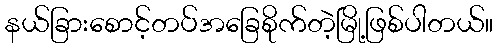
နယ်ခြားစောင့်တပ်အခြေစိုက်တဲ့မြို့ဖြစ်ပါတယ်။